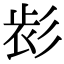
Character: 𢒕